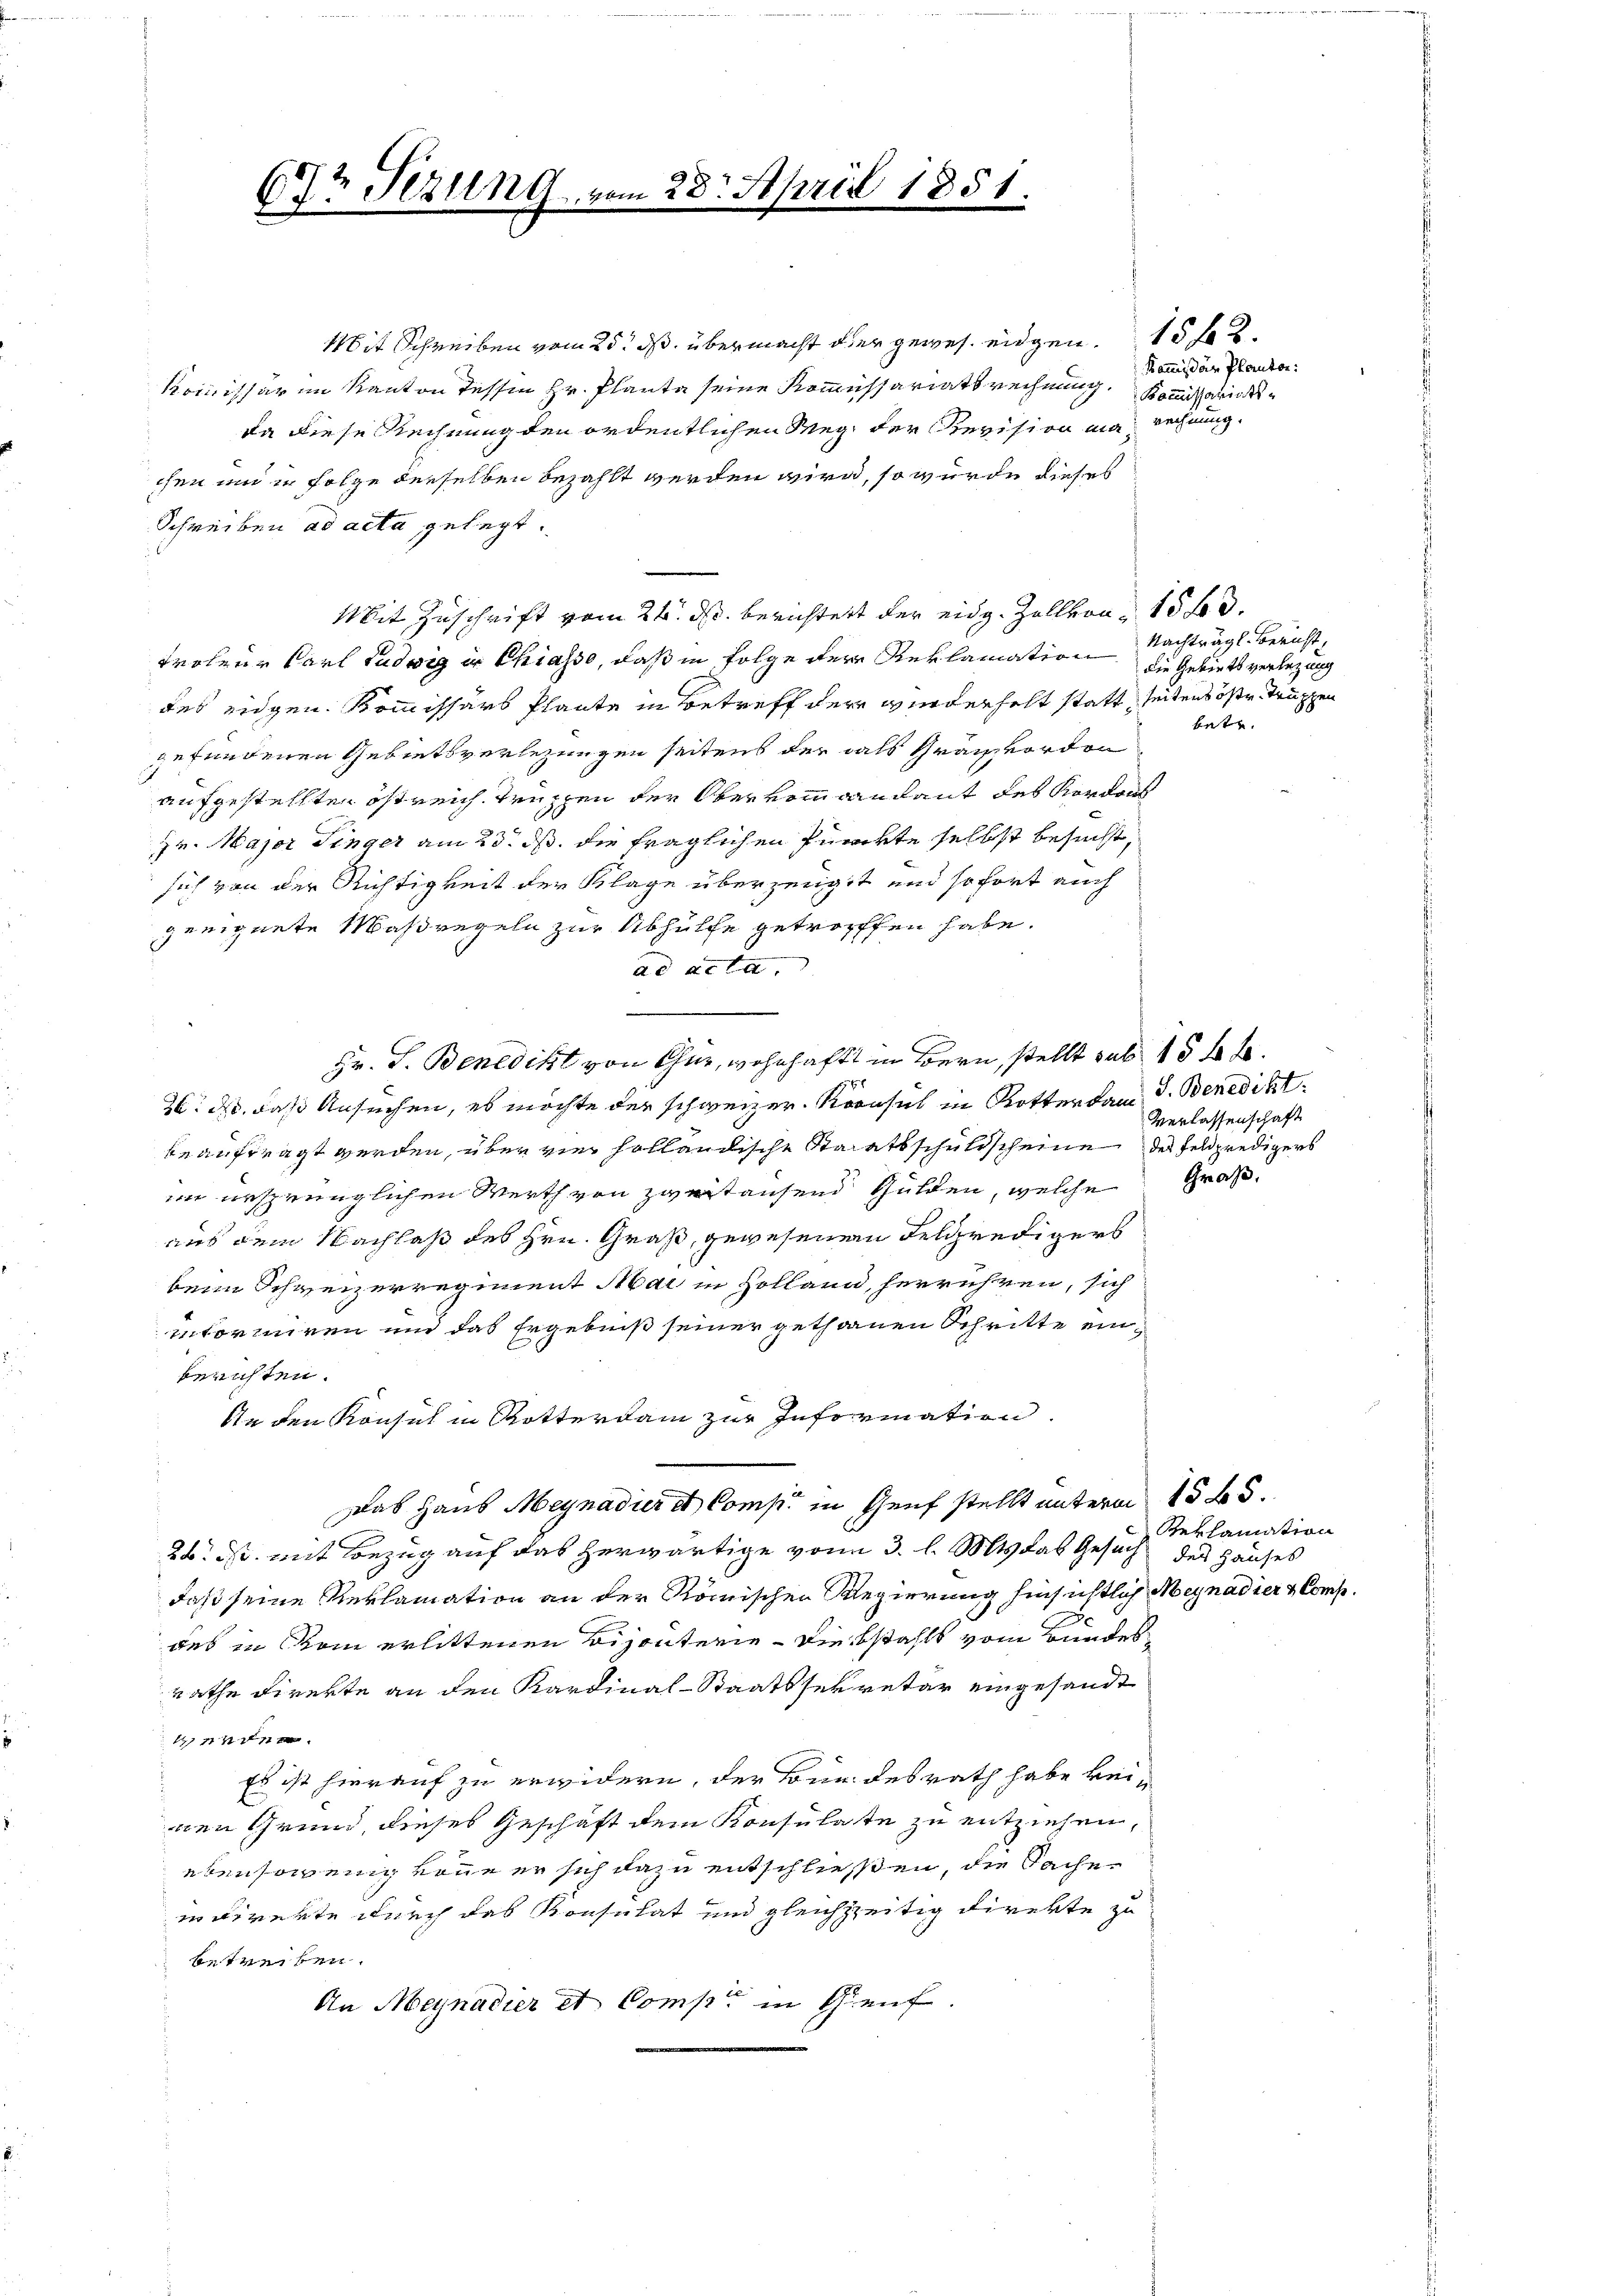
.
3t Sezung

Mit Schreiben vom 25. ds. übermacht oder gewes eidgen. 15 f 2
Kommissar im Kanton Tessin Hr. Plante seine Kommissariatsrechnung. Kommissarick¬
Da diese Rechnung den ordentlichen Weg, der Revision man rechnung.
chen und in Folge derselben bezahlt werden wird, so würde dieses
Schreiben ad acta gelegt.
Mit Zuschrift vom 24. ds. berichtet der eidg. Zollvon 15 f d.
trolene Karl Ludwig in Chiasso, daß in Folge der Reklamation die Gebiets verlegung
des eidgen. Kommissars Plante in Betreff der wiederhelt statt seitens östr. Truppen
gefundenen Gebietsverlegungen seitens der als Graf vorden
aufgestellten östreich Truppen der Obervomandant des Nordon
zr. Major Finger am 23. ds. die fraglichen Punckte selbst besucht,
sich von der Richtigkeit der Klage überzeugt und sofort auch
geeignete Maßregeln zur Abhülfe getroffen habe.
ad acta

Hr. J. Benedikt von Chur, wohnhaft in Bern, stellt sub 15 x 4.
26. ds. das Ansuchen, es möchte der schweizer Kronsul in Rotter kam I. Benedikt
beauftragt werden, über vier holländische Staatsschuldscheine des Feldpredigers
im ursprünglichen Werth von zweitausend Gulden, welche Große
aus dem Nachlaß des Hrn. Graß, gewesener Gelpredigers
beim Schweizerregiment Mai in Zolland, herrühren, sich
intormiren und das Ergebniß seiner gethanen Schritte einberichten.
In den Konsul in Rotterdam zur Information
Das Haus Meynadier et Comp. in Genf stellt unterm 15 Bd.
26 ist mit Bezug auf das herwärtige vom 3. l. Mts. das Gesuch des Hauses
daß seine Reklamation an der Römischen Regierung hinsichtlich Meynadier & Comp.
des in Rom erlittenen bisanterie - Diebstahls vom Bundes
rathe Direkte an den Kardinal-Staatssekretär eingesandt
tenden
Es ist hierauf zu erwidern, der Bundesrath habe keinen Grund, dieses Geschäft dem Konsulate zu entziehen,
ebensowenig könne er sich dazu entschließen, die Sache.
uierte durch des Konsulat und gleichzeitig direkte zu
betreiben.
An Meynadier et Comp. in Genf.

28. April 1851.

Kommißär Planton:

Nachträgl. Bericht,
betr.

Verlassenschaft

Reklamation